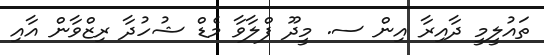
ތައުލީމީ ދާއިރާ އިން ސ. މީދޫ ފްލާވާ މެޑް ޝުހުދާ ރިޒްވާން އާއި